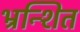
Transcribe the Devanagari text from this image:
भ्रन्शित